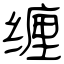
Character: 缠